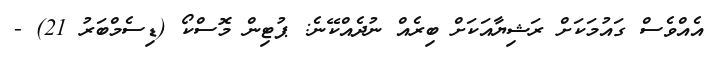
އެއްވެސް ގައުމަކަށް ރަޝިޔާއަކަށް ބިރެއް ނުދެއްކޭނެ: ޕުޓިން މޮސްކޯ (ޑިސެމްބަރު 21) -